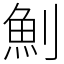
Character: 魝